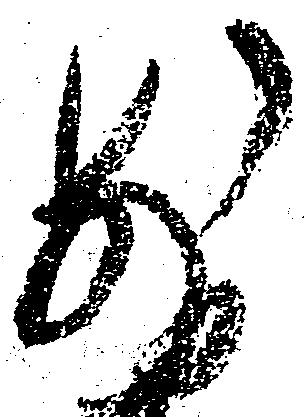
前